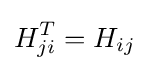
{H}_{ji}^{T}=H_{ij}